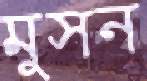
মুসন